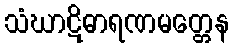
သံဃာဋိဓာရဏမတ္တေန